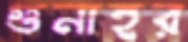
গুনাহর